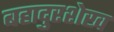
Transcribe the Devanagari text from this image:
बहादुरशेख